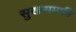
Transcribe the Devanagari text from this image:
सुखसम्पत्ति